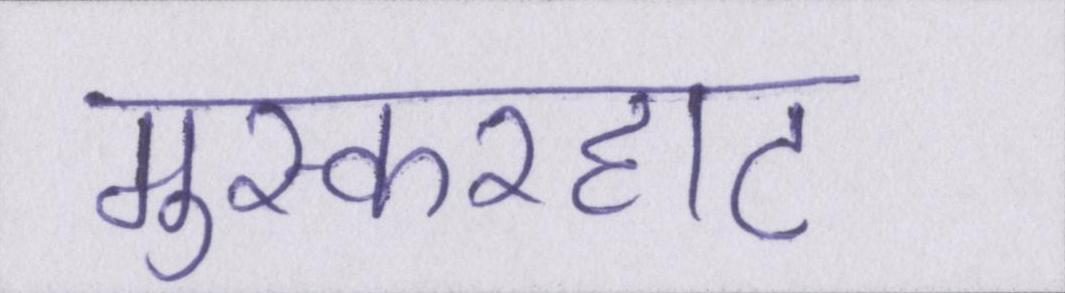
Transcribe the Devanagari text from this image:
मुस्करहाट